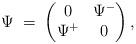
LaTeX: \begin{align*}\Psi\;=\;\left(\begin{matrix}0 & \Psi^- \\\Psi^+ & 0 \end{matrix}\right),\end{align*}